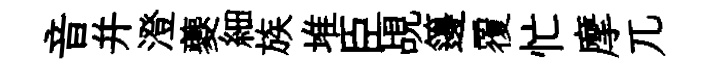
音并澄夔細族堆臣覘籩覆忙摩兀